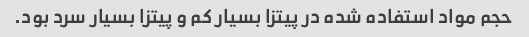
حجم مواد استفاده شده در پیتزا بسیار کم و پیتزا بسیار سرد بود.